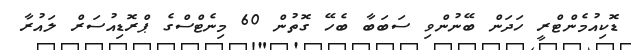
ޑޮކިއުމެންޓްރީ ހަދަން ބޭނުންވި ސަބަބާ ބެހޭ ގޮތުން 60 މިނެޓްސްގެ ޕްރޮޑިއުސަރް ލައުރާ